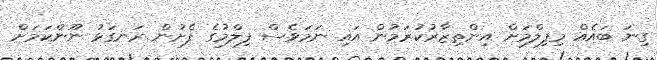
ގިނަ ބައެއް މިފިލްމަށް އިންތިޒާރުކުރަމުން އައި ނަމަވެސް ފިލްމުގެ ފެށުން ރަނގަޅު ނޫންކަމަށް